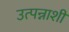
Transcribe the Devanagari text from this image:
उत्पन्नाशी